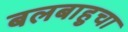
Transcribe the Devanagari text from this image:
बलबाहुचा